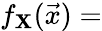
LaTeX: f_{\mathbf{X}}({\vec{{x}}})=